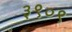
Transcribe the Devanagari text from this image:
३९०९